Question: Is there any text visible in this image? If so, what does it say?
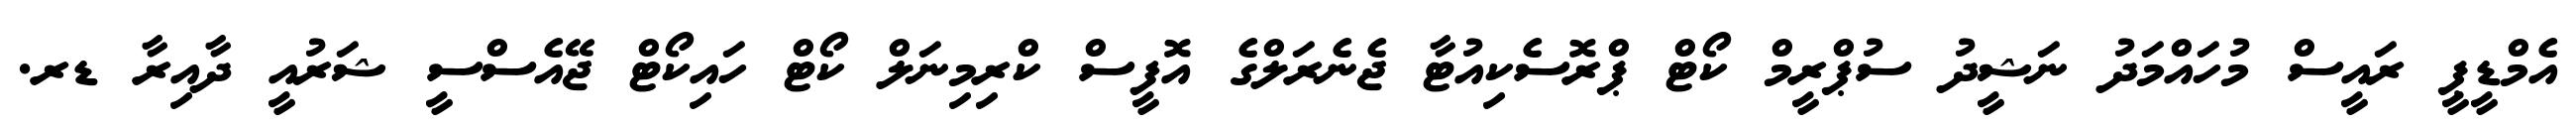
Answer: އެމްޑީޕީ ރައީސް މުހައްމަދު ނަޝީދު ސުޕްރީމް ކޯޓް ޕްރޮސެކިއުޓާ ޖެނެރަލްގެ އޮފީސް ކްރިމިނަލް ކޯޓް ހައިކޯޓް ޖޭއެސްސީ ޝަރުއީ ދާއިރާ ޑރ.